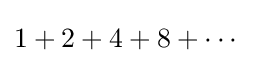
1+2+4+8+\cdots